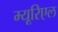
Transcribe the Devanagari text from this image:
म्यूरिएल